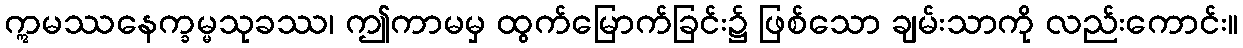
ဣမဿနေက္ခမ္မသုခဿ၊ ဤကာမမှ ထွက်မြောက်ခြင်း၌ ဖြစ်သော ချမ်းသာကို လည်းကောင်း။